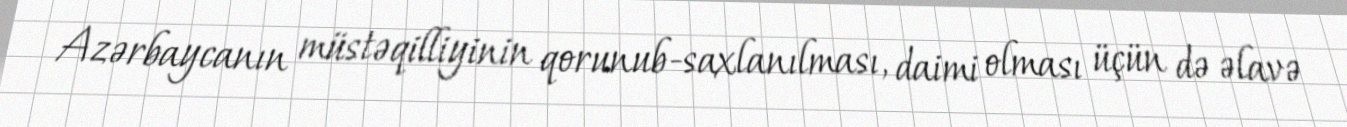
Azərbaycanın müstəqilliyinin qorunub-saxlanılması, daimi olması üçün də əlavə